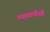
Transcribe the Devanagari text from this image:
न्यायाधीशोँ